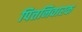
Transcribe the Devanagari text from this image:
पित्तनिवारक